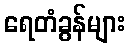
ရေတံခွန်များ